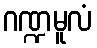
ဂဏ္ဍမူလံ